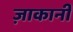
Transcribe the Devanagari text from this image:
ज़ाकानी